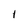
Character: 1